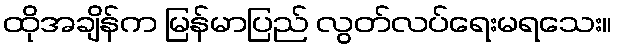
ထိုအချိန်က မြန်မာပြည် လွတ်လပ်ရေးမရသေး။